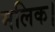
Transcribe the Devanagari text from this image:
मलिक।